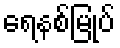
ရေနစ်မြုပ်